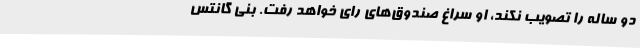
دو ساله را تصویب نکند، او سراغ صندوق‌های رای خواهد رفت. بنی گانتس